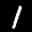
Label: 1